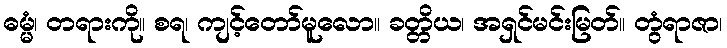
ဓမ္မံ၊ တရားကို။ စရ၊ ကျင့်တော်မူလော။ ခတ္တိယ၊ အရှင်မင်းမြတ်။ တွံရာဇာ၊